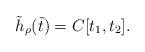
LaTeX: \begin{align*} \tilde h_{\rho} (\tilde t) = C [t_1, t_2].\end{align*}